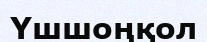
Үшшоңқол